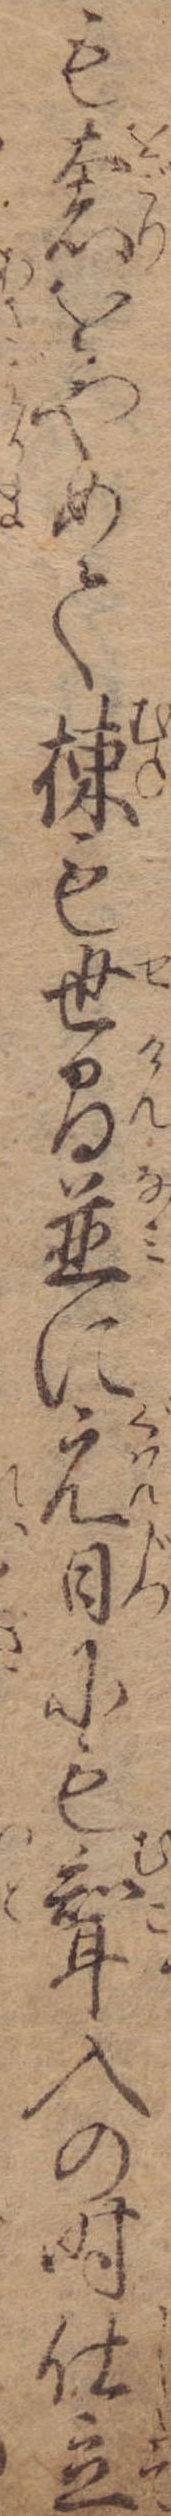
も奢をやめて棟も世間並に元日にも婿入の時仕立